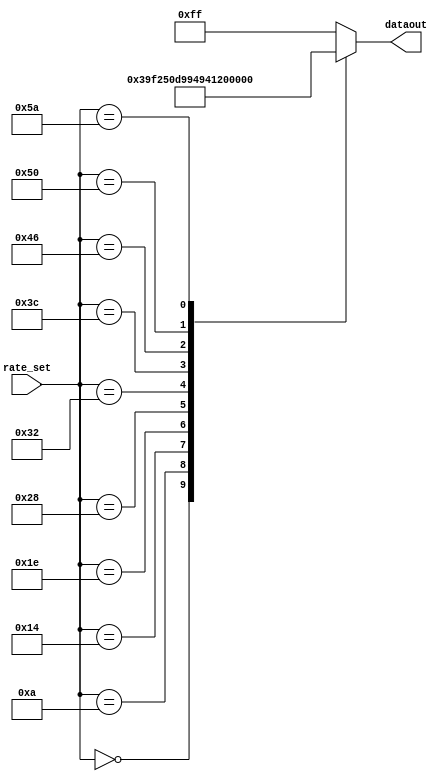
/*
PWM--rate_set
:
*/

module nixie_tube(rate_set,dataout);
	input[6:0] rate_set;
	output[7:0] dataout;
	
	reg[7:0] dataout;
	
	always@(rate_set)
		begin
			case(rate_set)  //
			  7'd0://0
					dataout=8'b0000_0011;
			  7'd10://1
					dataout=8'b1001_1111;
			  7'd20://2
					dataout=8'b0010_0101;
			  7'd30://3
					dataout=8'b0000_1101;
			  7'd40://4
					dataout=8'b1001_1001;
			  7'd50://5
					dataout=8'b0100_1001;
			  7'd60://6
					dataout=8'b0100_0001;
			  7'd70://7
					dataout=8'b0001_1111;
			  7'd80://8
					dataout=8'b0000_0001;
			  7'd90://9
					dataout=8'b0000_1001;
			 default://0-9
					dataout=8'b1111_1111;//
			endcase
		
		end
endmodule